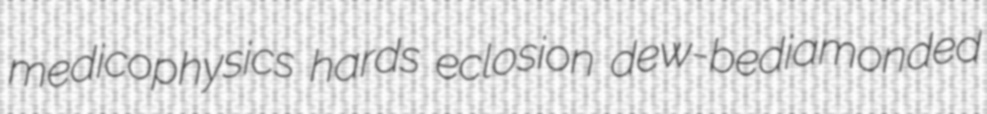
medicophysics hards eclosion dew-bediamonded